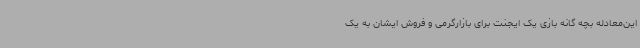
این‌معادله بچه گانه بازی یک ایجنت برای بازارگرمی و فروش ایشان به یک